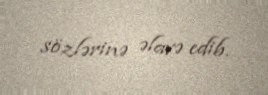
sözlərinə əlavə edib.